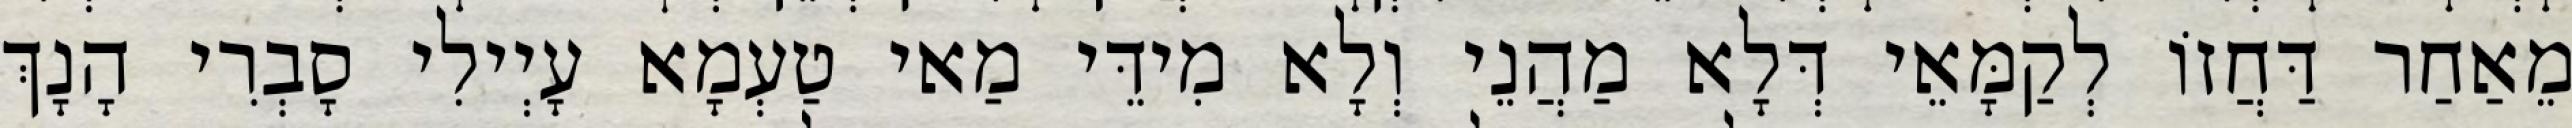
מֵאַחַר דַּחֲזוֹ לְקַמָּאֵי דְּלָא מַהֲנֵי וְלָא מִידֵּי מַאי טַעְמָא עָיְילִי סָבְרִי הָנָךְ